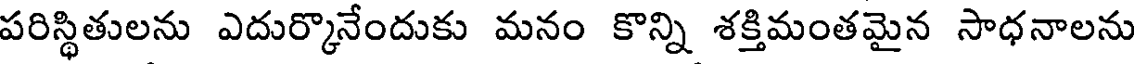
పరిస్థితులను ఎదుర్కొనేందుకు మనం కొన్ని శక్తిమంతమైన సాధనాలను